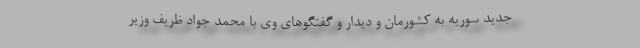
جدید سوریه به کشورمان و دیدار و گفتگوهای وی با محمد جواد ظریف وزیر